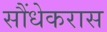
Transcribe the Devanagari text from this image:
सौंधेकरास